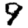
Digit: 9